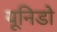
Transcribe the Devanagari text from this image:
यूनिडो